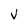
Character: V